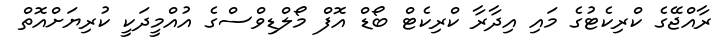
ރާއްޖޭގެ ކްރިކެޓުގެ މައި އިދާރާ ކްރިކެޓް ބޯޑް އޮފް މޯލްޑިވްސްގެ އުއްމީދަކީ ކުރިޔަށްއޮތް